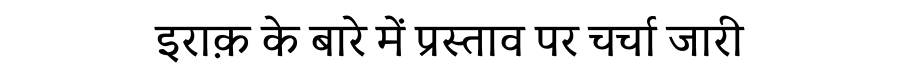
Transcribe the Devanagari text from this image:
इराक़ के बारे में प्रस्ताव पर चर्चा जारी